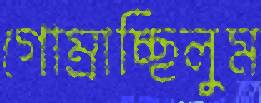
গোম্‌রাচ্ছিলুম